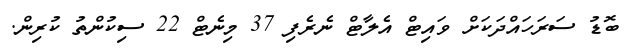
ބޮޑު ސަރަހައްދަކަށް ވައިޓް އެލާޓް ނެރެފި 37 މިނެޓް 22 ސިކުންތު ކުރިން.